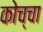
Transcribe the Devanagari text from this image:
कोच्चा